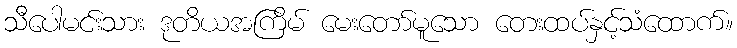
သီပေါမင်းသား ဒုတိယအကြိမ် မေးတော်မူသော တေးထပ်နှင့်သံထောက်။